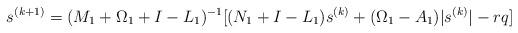
LaTeX: \begin{align*}s^{(k+1)}=(M_1+\Omega_{1}+I- L_1)^{-1}[(N_{1}+I- L_1)s^{(k)}+ (\Omega_1-A_{1})|s^{(k)}|- rq]\end{align*}